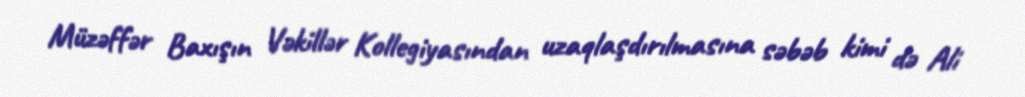
Müzəffər Baxışın Vəkillər Kollegiyasından uzaqlaşdırılmasına səbəb kimi də Ali